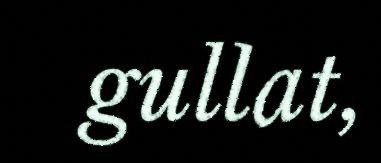
gullat,